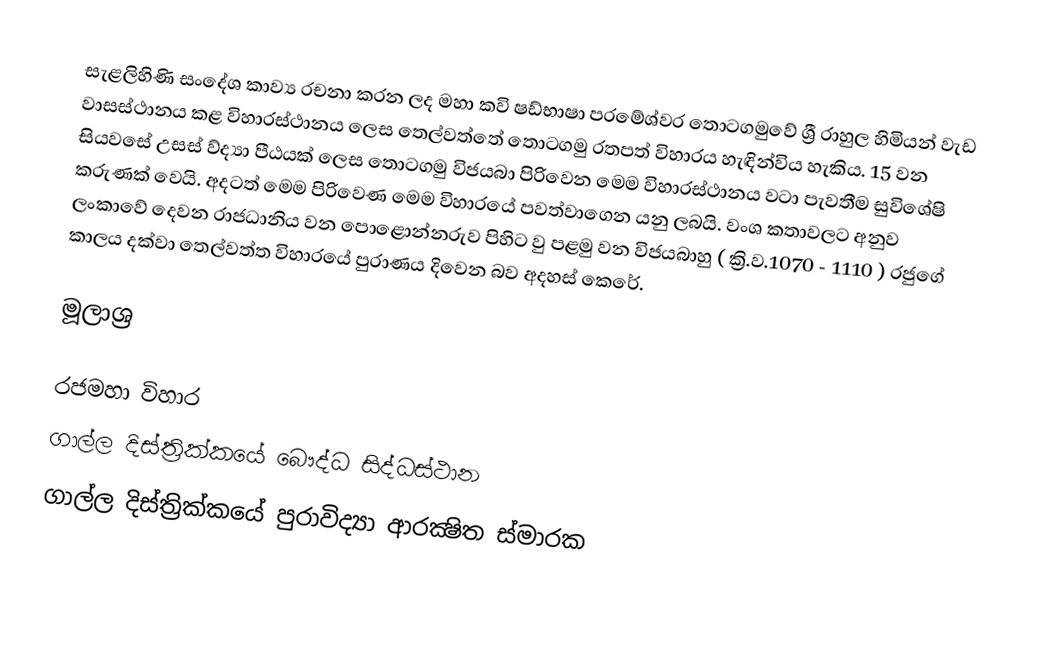
සැළලිහිණි සංදේශ කාව්‍ය රචනා කරන ලද මහා කවි ෂඩ්භාෂා පරමේශ්වර තොටගමුවේ ශ්‍රී රාහුල හිමියන් වැඩ වාසස්ථානය කළ විහාරස්ථානය ලෙස තෙල්වත්තේ තොටගමු රතපත් විහාරය හැඳින්විය හැකිය. 15 වන සියවසේ උසස් ව්ද්‍යා පීඨයක් ලෙස තොටගමු විජයබා පිරිවෙන මෙම විහාරස්ථානය වටා පැවතීම සුවිශේෂි කරුණක් වෙයි. අදටත් මෙම පිරිවෙණ මෙම විහාරයේ පවත්වාගෙන යනු ලබයි. වංශ කතාවලට අනුව ලංකාවේ දෙවන රාජධානිය වන පොළොන්නරුව පිහිට වු පළමු වන විජයබාහු ( ක්‍රි.ව.1070 - 1110 ) රජුගේ කාලය දක්වා තෙල්වත්ත විහාරයේ පුරාණය දිවෙන බව අදහස් කෙරේ.

මූලාශ්‍ර

රජමහා විහාර
ගාල්ල දිස්ත්‍රික්කයේ බෞද්ධ සිද්ධස්ථාන‎
ගාල්ල දිස්ත්‍රික්කයේ පුරාවිද්‍යා ආරක්‍ෂිත ස්මාරක